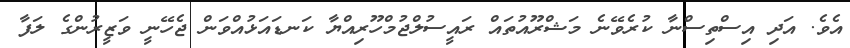
އެވެ. އަދި އިސްތިސްނާ ކުރެވޭނެ މަޝްރޫއުތައް ރައީސުލްޖުމްހޫރިއްޔާ ކަނޑައަޅުއްވަން ޖެހޭނީ ވަޒީރުންގެ ލަފާ